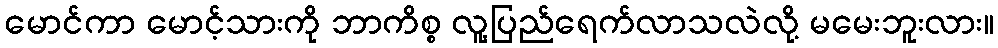
မောင်ကာ မောင့်သားကို ဘာကိစ္စ လူ့ပြည်ရေက်လာသလဲလို့ မမေးဘူးလား။